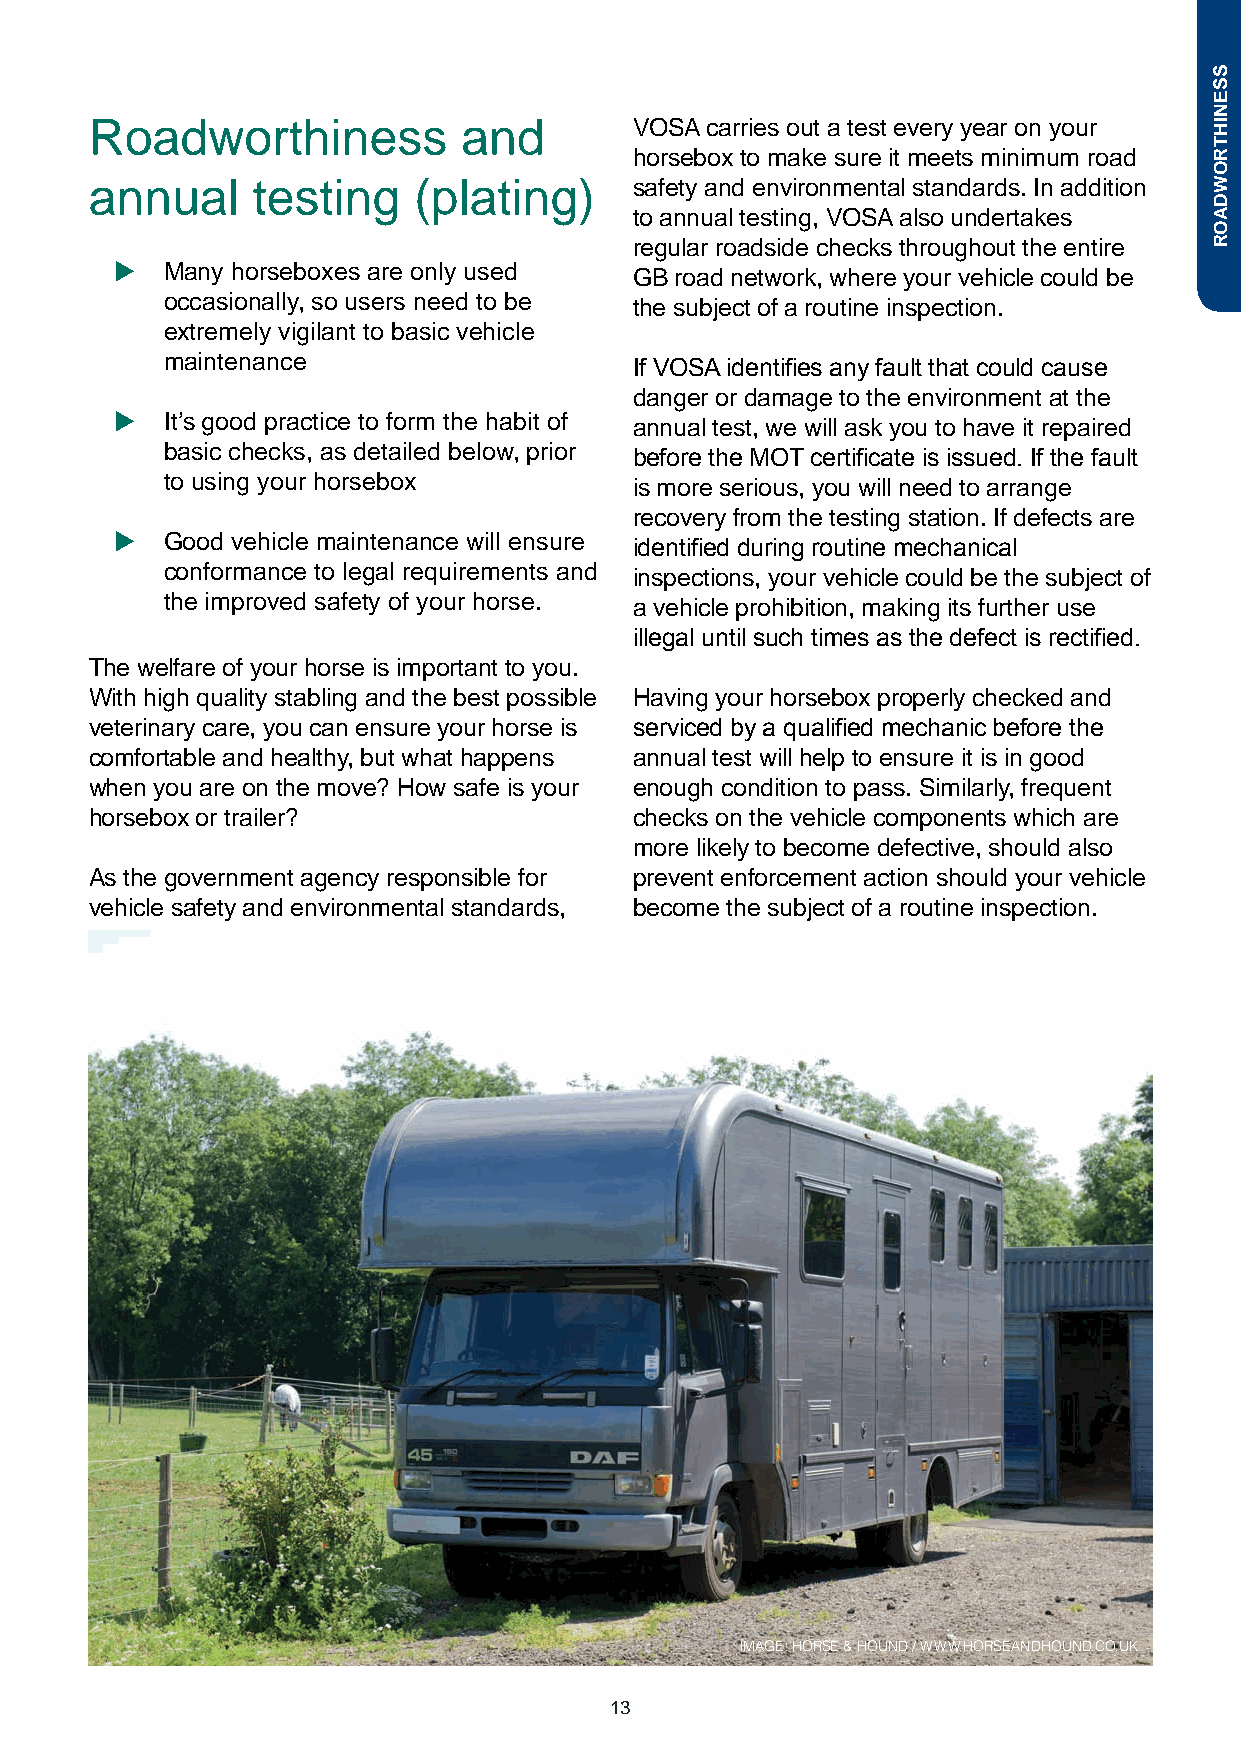
Roadworthiness           and        VOSA carries out a test every year on your
 horsebox to make sure it meets minimum road
 annual     testing   (plating)      safety and environmental standards. In addition
 to annual testing, VOSA also undertakes
 regular roadside checks throughout the entire
 u  Many horseboxes are only used
 GB road network, where your vehicle could be
 occasionally, so users need to be
 the subject of a routine inspection.
 extremely vigilant to basic vehicle
 maintenance
 If VOSA identifies any fault that could cause
 danger or damage to the environment at the
 u  It’s good practice to form the habit of
 annual test, we will ask you to have it repaired
 basic checks, as detailed below, prior
 before the MOT certificate is issued. If the fault
 to using your horsebox
 is more serious, you will need to arrange
 recovery from the testing station. If defects are
 u  Good vehicle maintenance will ensure
 identified during routine mechanical
 conformance to legal requirements and
 inspections, your vehicle could be the subject of
 the improved safety of your horse.
 a vehicle prohibition, making its further use
 illegal until such times as the defect is rectified.
 The welfare of your horse is important to you.
 With high quality stabling and the best possible Having your horsebox properly checked and
 veterinary care, you can ensure your horse is serviced by a qualified mechanic before the
 comfortable and healthy, but what happens annual test will help to ensure it is in good
 when you are on the move? How safe is your enough condition to pass. Similarly, frequent
 horsebox or trailer?                checks on the vehicle components which are
 more likely to become defective, should also
 As the government agency responsible for prevent enforcement action should your vehicle
 vehicle safety and environmental standards, become the subject of a routine inspection.
 IMAGE: HORSE & HOUND / WWW.HORSEANDHOUND.CO.UK
 13
 SSENIHTROWDAOR